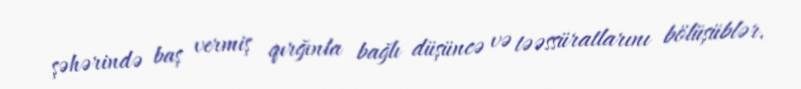
şəhərində baş vermiş qırğınla bağlı düşüncə və təəssüratlarını bölüşüblər.